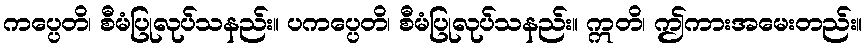
ကပ္ပေတိ၊ စီမံပြုလုပ်သနည်း။ ပကပ္ပေတိ၊ စီမံပြုလုပ်သနည်း။ ဣတိ၊ ဤကားအမေးတည်း။